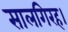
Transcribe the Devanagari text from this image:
सालगिरह।